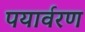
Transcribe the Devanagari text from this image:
पयार्वरण